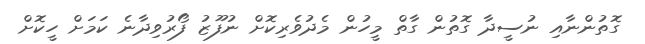
ގޮތުންނާއި ނުސީދާ ގޮތުން ގާތް މީހުން މެދުވެރިކޮށް ނުފޫޒު ފޯރުވިދާނެ ކަމަށް ހީކޮށް